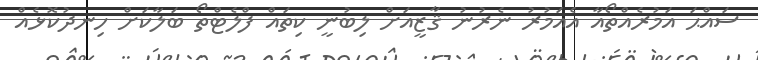
ސައްޙަ އަމުރެއްތޯއާ އެއަމުރު ނެރުނު ޤާޒީއަށް ލިބުނީ ކިތައް ފްލެޓްތޯ ބަލާކަށް ހިނދުކޮޅެއް